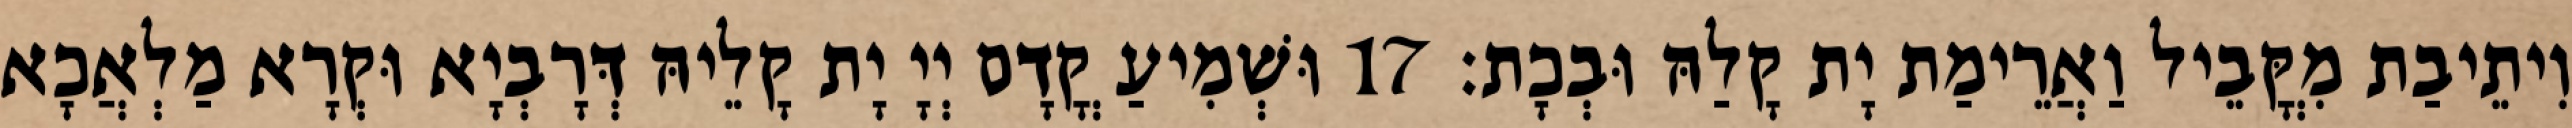
וִיתֵיבַת מִקֳּבֵיל וַאֲרֵימַת יָת קָלַהּ וּבְכָת׃ 17 וּשְׁמִיעַ קֳדָם יְיָ יָת קָלֵיהּ דְּרָבְיָא וּקְרָא מַלְאֲכָא